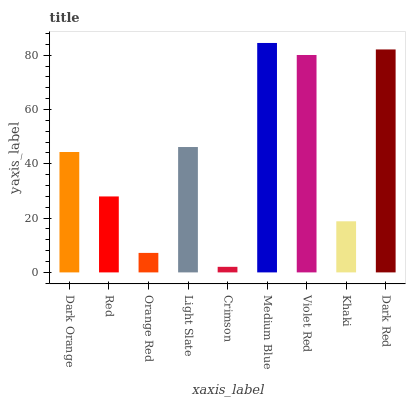
| xaxis_label | bars |
 | --- | --- |
 | Dark Orange | 44.3 |
 | Red | 28 |
 | Orange Red | 7.18 |
 | Light Slate | 46.2 |
 | Crimson | 2.05 |
 | Medium Blue | 84.5 |
 | Violet Red | 80.1 |
 | Khaki | 18.8 |
 | Dark Red | 82.1 |